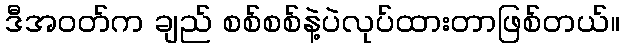
ဒီအဝတ်က ချည် စစ်စစ်နဲ့ပဲလုပ်ထားတာဖြစ်တယ်။